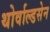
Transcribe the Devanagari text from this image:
थोर्वाल्डसेन